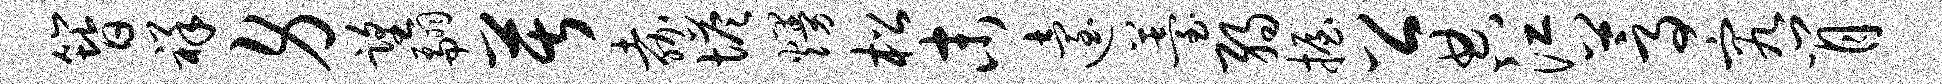
簪祥身望翩苦嘉塔熳松末迨薹弱握公典江蒿究肖